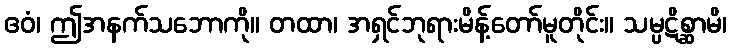
ဧဝံ၊ ဤအနက်သဘောကို။ တထာ၊ အရှင်ဘုရားမိန့်တော်မူတိုင်း။ သမ္ပဋိစ္ဆာမိ၊